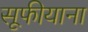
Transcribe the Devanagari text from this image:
सूफीयाना